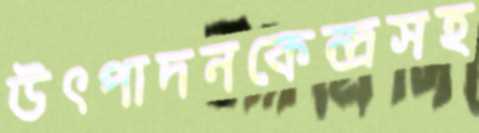
উৎপাদনকেন্দ্রসহ